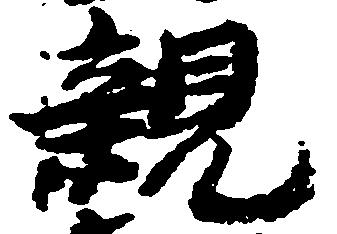
親